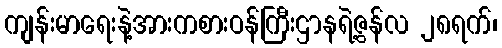
ကျန်းမာရေးနဲ့အားကစားဝန်ကြီးဌာနရဲ့ဇွန်လ ၂၈ရက်၊